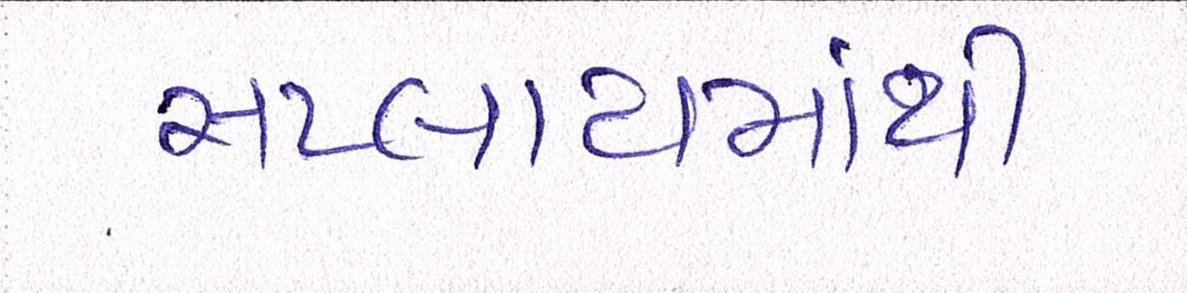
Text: સપ્લાયમાંથી